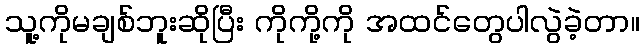
သူ့ကိုမချစ်ဘူးဆိုပြီး ကိုကို့ကို အထင်တွေပါလွဲခဲ့တာ။